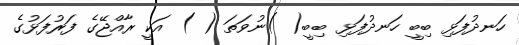
ހަނދުފަޅި ބިބީ ހަނދުފަޅި ބިބީ( )ނުވަތަ ( ) އަކީ ރާއްޖޭގެ ފަރުފަޅުގެ